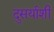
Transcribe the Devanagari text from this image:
दुसर्याशी